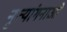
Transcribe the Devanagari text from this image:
नृत्‍यांगनाओं